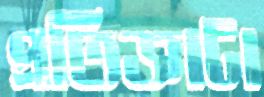
প্রতিজ্ঞাটা